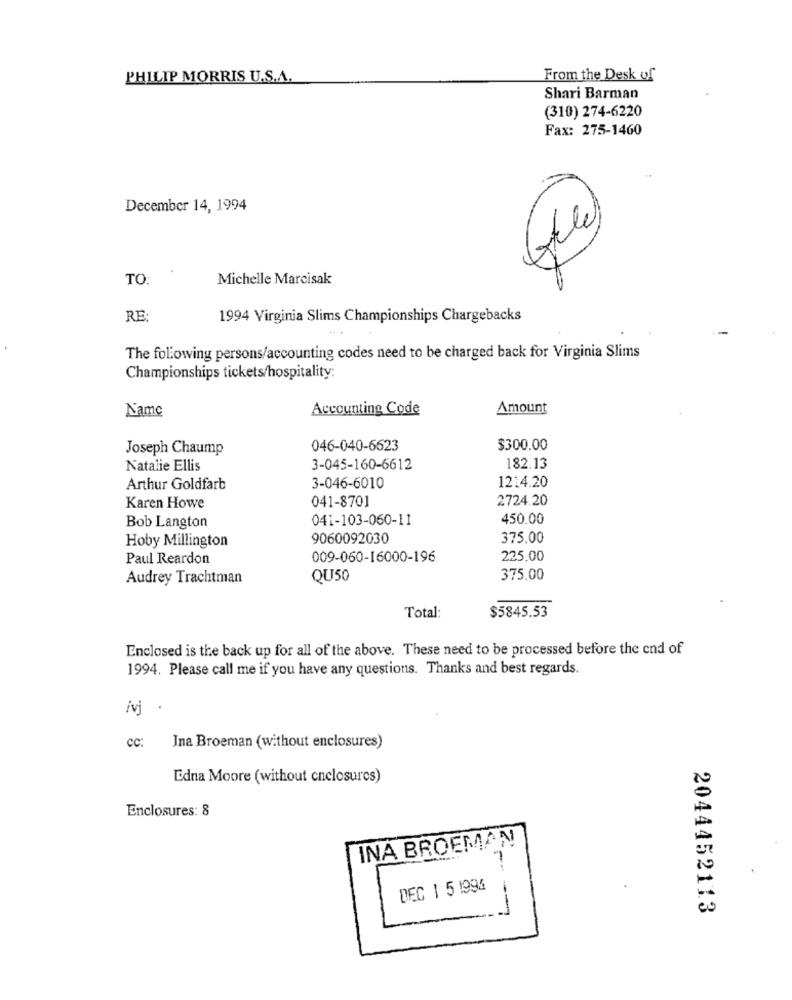
PHILIP MORRIS U.S.A.
From the Desk of
Shari Barman
(310) 274-6220
Fax: 275-1460
December 14, 1994
TO:
Michelle Marcisak
RE:
1994 Virginia Slims Championships Chargebacks
The following persons/accounting codes need to be charged back for Virginia Slims
Championships tickets/hospitality:
Name
Accounting Code
Amount
Joseph Chaump
046-040-6623
$300.00
Natalie Ellis
3-045-160-6612
182.13
1214.20
Arthur Goldfarb
3-046-6010
041-8701
2724.20
Karen Howe
041-103-060-11
450.00
Bob Langton
Hoby Millington
9060092030
375.00
Paul Reardon
009-060-16000-196
225.00
Audrey Trachtman
QU50
375.00
$5845.53
Total:
Enclosed is the back up for all of the above. These need to be processed before the end of
1994. Please call me if you have any questions. Thanks and best regards.
ívj
cc:
Ina Broeman (without enclosures)
Edna Moore (without cnclosures)
Enclosures: 8
INA BROEMAN
--
DEC 1 5 1994
---
2044452113